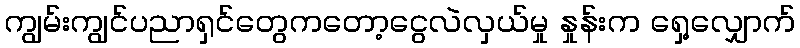
ကျွမ်းကျွင်ပညာရှင်တွေကတော့ငွေလဲလှယ်မှု နှုန်းက ရှေ့လျှောက်